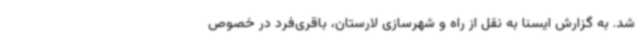
شد. به گزارش ایسنا به نقل از راه و شهرسازی لارستان، باقری‌فرد در خصوص